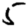
Digit: 5